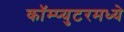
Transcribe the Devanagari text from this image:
कॉम्प्युटरमध्ये